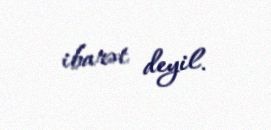
ibarət deyil.